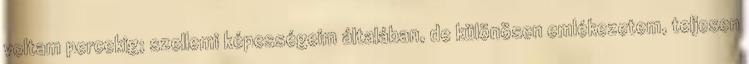
voltam percekig; szellemi képességeim általában, de különösen emlékezetem, teljesen